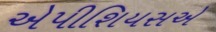
એપીશિયસએ